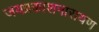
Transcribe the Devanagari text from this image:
जयप्रकाशनारायण